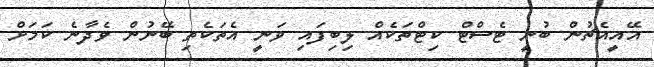
އޭއީއެޗުން ބުނީ ޓެސްޓް ކިޓްތަކެއް ލިބިފައި ވަނީ އެތަކެތި ބޭނުން ވެދާނެ ކަމަށް